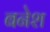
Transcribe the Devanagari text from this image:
बनेश